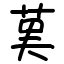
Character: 𦰩